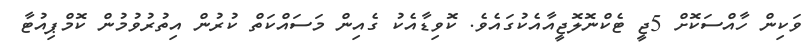
ވަކިން ހާއްސަކޮށް 5ޖީ ޓެކްނޮލޮޖީއާއެކުގައެވެ. ކޮވިޑާއެކު ގެއިން މަސައްކަތް ކުރުން އިތުރުވުމުން ކޮމްޕިއުޓާ